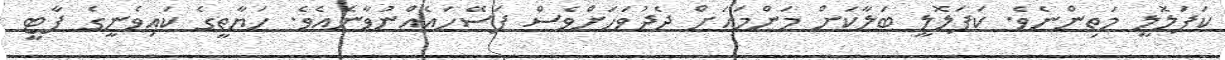
ކަފަލޮލީ މަތިންނެވެ. ކަފަލޮލީ ބަލާކަށް މަންމައަށް ދެދުވަހަށްވެސް ފަސޭހައެއްނުވާނެއެވެ. ހަޔާތީގެ ކައިވެނީގެ ޕާޓީ